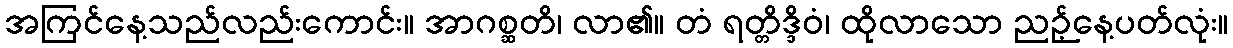
အကြင်နေ့သည်လည်းကောင်း။ အာဂစ္ဆတိ၊ လာ၏။ တံ ရတ္တိဒ္ဒိဝံ၊ ထိုလာသော ညဉ့်နေ့ပတ်လုံး။